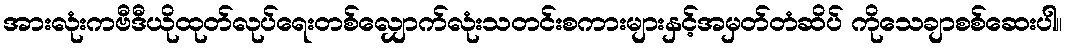
အားလုံးကဗီဒီယိုထုတ်လုပ်ရေးတစ်လျှောက်လုံးသတင်းစကားများနှင့်အမှတ်တံဆိပ် ကိုသေချာစစ်ဆေးပါ။